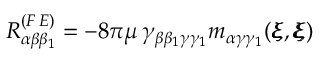
R _ { \alpha \beta \beta _ { 1 } } ^ { ( F \, E ) } = - 8 \pi \mu \, \gamma _ { \beta \beta _ { 1 } \gamma \gamma _ { 1 } } m _ { \alpha \gamma \gamma _ { 1 } } ( { \pmb \xi } , { \pmb \xi } )